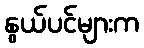
နွယ်ပင်များက